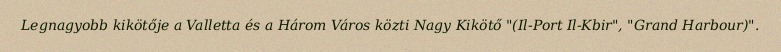
Legnagyobb kikötője a Valletta és a Három Város közti Nagy Kikötő "(Il-Port Il-Kbir", "Grand Harbour)".